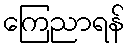
ကြေညာရန်